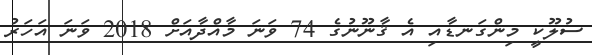
ސުލޫކީ މިންގަނޑާއި އެ ޤާނޫނުގެ 74 ވަނަ މާއްދާއަށް 2018 ވަނަ އަހަރު